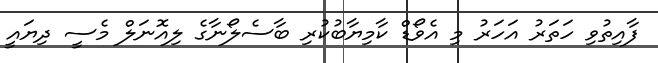
ފާއިތުވި ހަތަރު އަހަރު މި އެވޯޑް ކާމިޔާބުކުރި ބާސެލޯނާގެ ލިއޮނަލް މެސީ ދިޔައީ